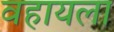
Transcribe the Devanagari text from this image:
वहायला